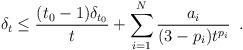
LaTeX: \begin{align*} \delta_{t} \leq \frac{(t_{0}-1)\delta_{t_{0}}}{t}+\sum_{i=1}^{N}\frac{a_{i}}{(3-p_{i})t^{p_{i}}}\enspace. \end{align*}